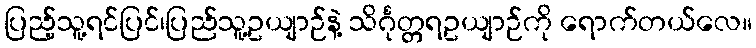
ပြည့်သူ့ရင်ပြင်၊ပြည်သူ့ဥယျာဉ်နဲ့ သိင်္ဂုတ္တရဥယျာဉ်ကို ရောက်တယ်လေ။